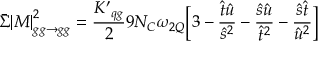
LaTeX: \bar { \Sigma } { | M | } _ { g g \rightarrow g g } ^ { 2 } = { \frac { { K ^ { \prime } } _ { q g } } { 2 } } 9 N _ { C } \omega _ { 2 Q } \Bigl [ 3 - { \frac { \hat { t } \hat { u } } { \hat { s } ^ { 2 } } } - { \frac { \hat { s } \hat { u } } { \hat { t } ^ { 2 } } } - { \frac { \hat { s } \hat { t } } { \hat { u } ^ { 2 } } } \Bigr ] \;